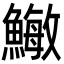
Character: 䲄